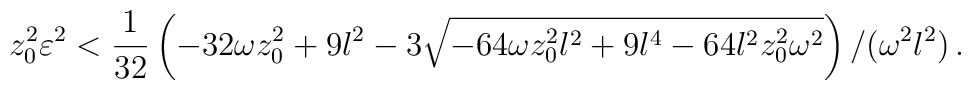
z_0 ^2 \varepsilon^2 < {1 \over {32}} \left( -32 \omega z_0 ^2 + 9l^2- 3 \sqrt{-64\omega z_0 ^2 l^2 + 9l^4 - 64 l^2 z_0 ^2 \omega ^2}\right) / (\omega^2 l^2) \, .